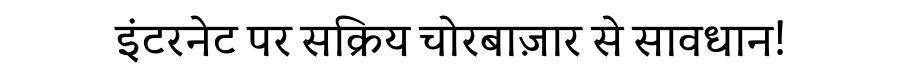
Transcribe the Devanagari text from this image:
इंटरनेट पर सक्रिय चोरबाज़ार से सावधान!